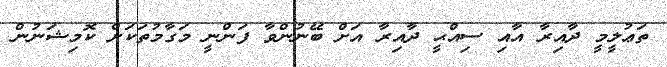
ތަޢުލީމީ ދާއިރާ އާއި ސިއްޙީ ދާއިރާ އަށް ބޭނުންވާ ފަންނީ މަގާމުތަކަށް ކޮމިޝަނުން